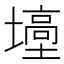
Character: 㙵